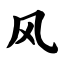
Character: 风